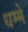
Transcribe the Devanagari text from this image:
धम्मे